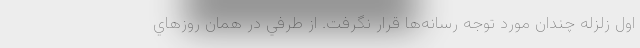
اول زلزله چندان مورد توجه رسانه‌ها قرار نگرفت. از طرفي در همان روزهاي